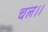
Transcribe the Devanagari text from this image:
चल।।